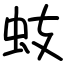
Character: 蚑